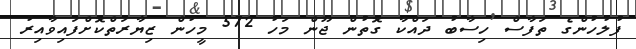
ފުލުހުންގެ ތަފާސް ހިސާބު ދައްކާ ގޮތުން ޖޫން މަހު 572 މީހުން ޒިޔާރަތްކޮށްފައިވާއިރު